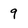
Character: 9